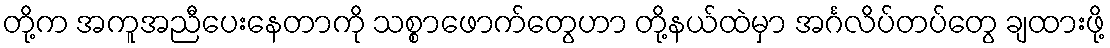
တို့က အကူအညီပေးနေတာကို သစ္စာဖောက်တွေဟာ တို့နယ်ထဲမှာ အင်္ဂလိပ်တပ်တွေ ချထားဖို့